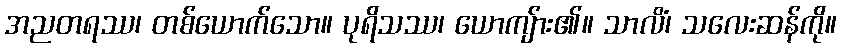
အညတရဿ၊ တစ်ယောက်သော။ ပုရိသဿ၊ ယောကျ်ား၏။ သာလိံ၊ သလေးဆန်ကို။